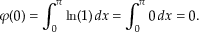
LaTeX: \varphi ( 0 ) = \int _ { 0 } ^ { \pi } \ln ( 1 ) \, d x = \int _ { 0 } ^ { \pi } 0 \, d x = 0 .